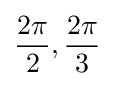
{\frac {2\pi }{2}},{\frac {2\pi }{3}}